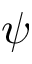
\psi